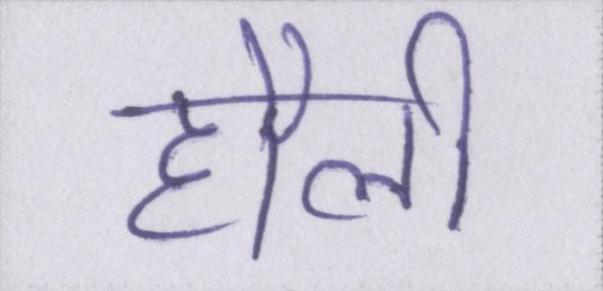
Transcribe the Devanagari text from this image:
हौली